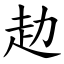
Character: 赲